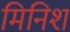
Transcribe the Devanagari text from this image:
मिनिश